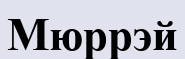
Мюррэй